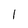
Character: 1